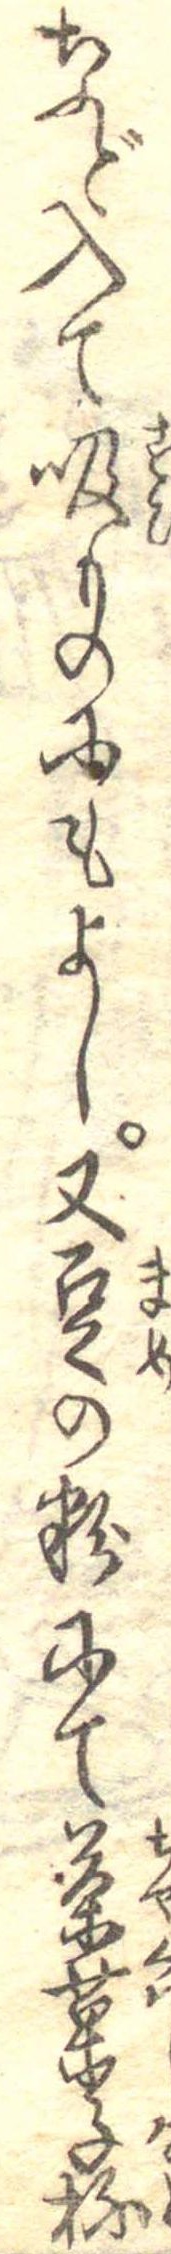
など入て吸ものにもよし又豆の粉にて茶菓子抔